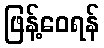
ဖြန့်ဝေရန်